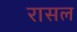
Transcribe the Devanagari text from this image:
रासल